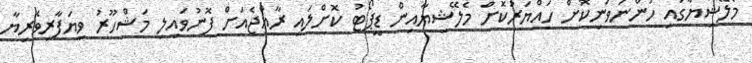
މެލޭޝިޔާގައި ހުންނަވަނިކޮށް ހައްޔަރުކޮށް މެލޭޝިޔާއިން ޑީޕޯޓު ކޮށްލައި ރާއްޖެއަށް ފޮނުވައިލި މަޝްހޫރު ވިޔަފާރިވެރިޔާ